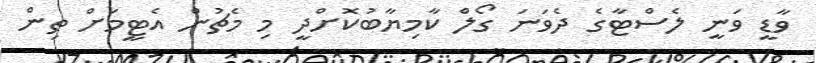
ވާޑީ ވަނީ ލެސްޓާގެ ދެވަނަ ގޯލް ކާމިޔާބުކޮށްދީ މި މެޗުން އެޓީމަށް ތިން